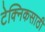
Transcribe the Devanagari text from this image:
टेक्निकसाठी